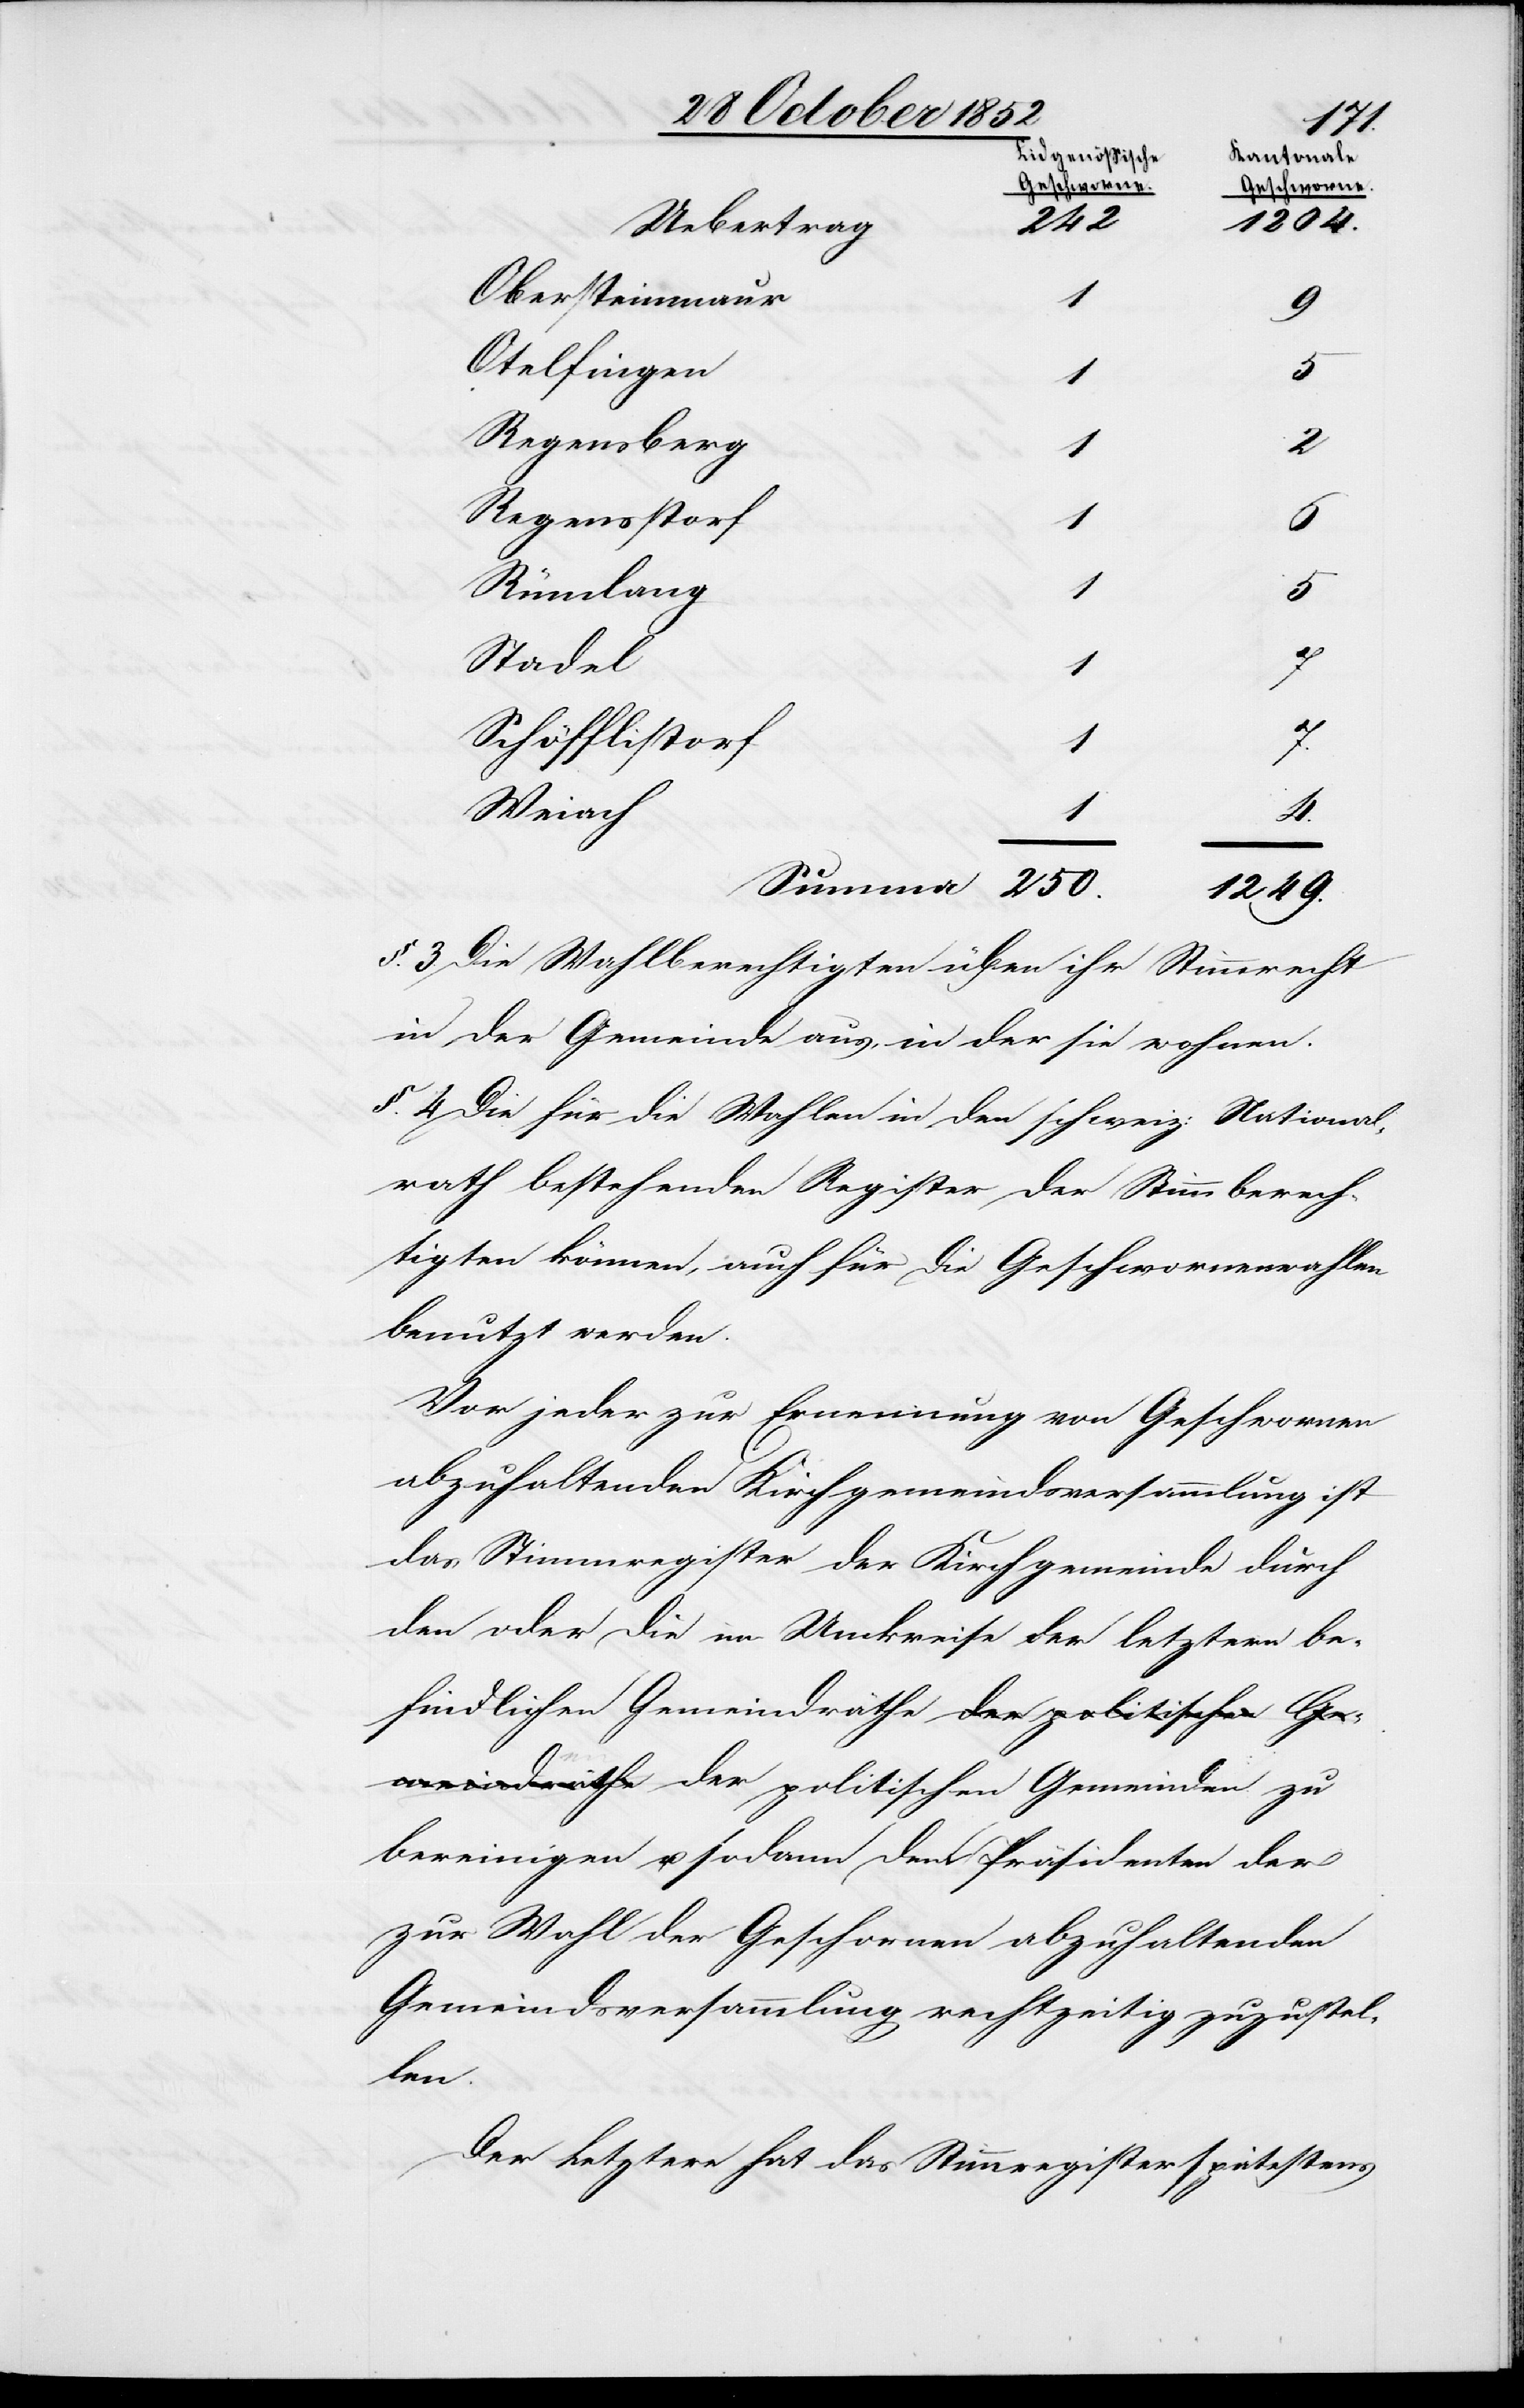
250.
Obersteinmaur
1
9
Otelfingen
1
Regensberg
2
Regenstorf
1
6
Rümlang
1
5
Stadel
1
Schöfflistorf
1
7.
Weiach
1
4.
1249.
§. 3. Die Wahlberechtigten üben ihr Stimmrecht
in der Gemeinde aus, in der sie wohnen.
§. 4 Die für die Wahlen in den schweiz: National¬
rath bestehenden Register der Stimmberech¬
tigten können, auch für die Geschwornenwahlen
benutzt werden.
Vor jeder zur Ernennung von Geschwornen
abzuhaltenden Kirchgemeindsversammlung ist
das Stimmregister der Kirchgemeinde durch
den oder die im Umkreise der letztern be¬
findlichen Gemeindräthe der politischen Gemein¬
bereinigen u. sodann dem Präsidenten der
zur Wahl der Gesch[w]ornen abzuhaltenden
Gemeindsversammlung rechtzeitig zuzustel¬
len.
Der Letztere hat das Stimmregister spätestens